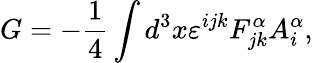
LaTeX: G=-\frac{1}{4}\int d^{3}x\varepsilon^{ijk}F_{jk}^{\alpha}A_{i}^{\alpha},